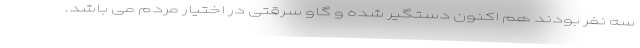
سه نفر بودند هم اکنون دستگیر شده و گاو سرقتی در اختیار مردم می باشد.